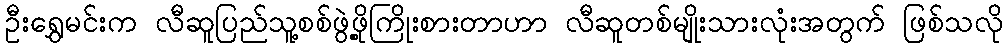
ဦးရွှေမင်းက လီဆူပြည်သူ့စစ်ဖွဲ့ဖို့ကြိုးစားတာဟာ လီဆူတစ်မျိုးသားလုံးအတွက် ဖြစ်သလို